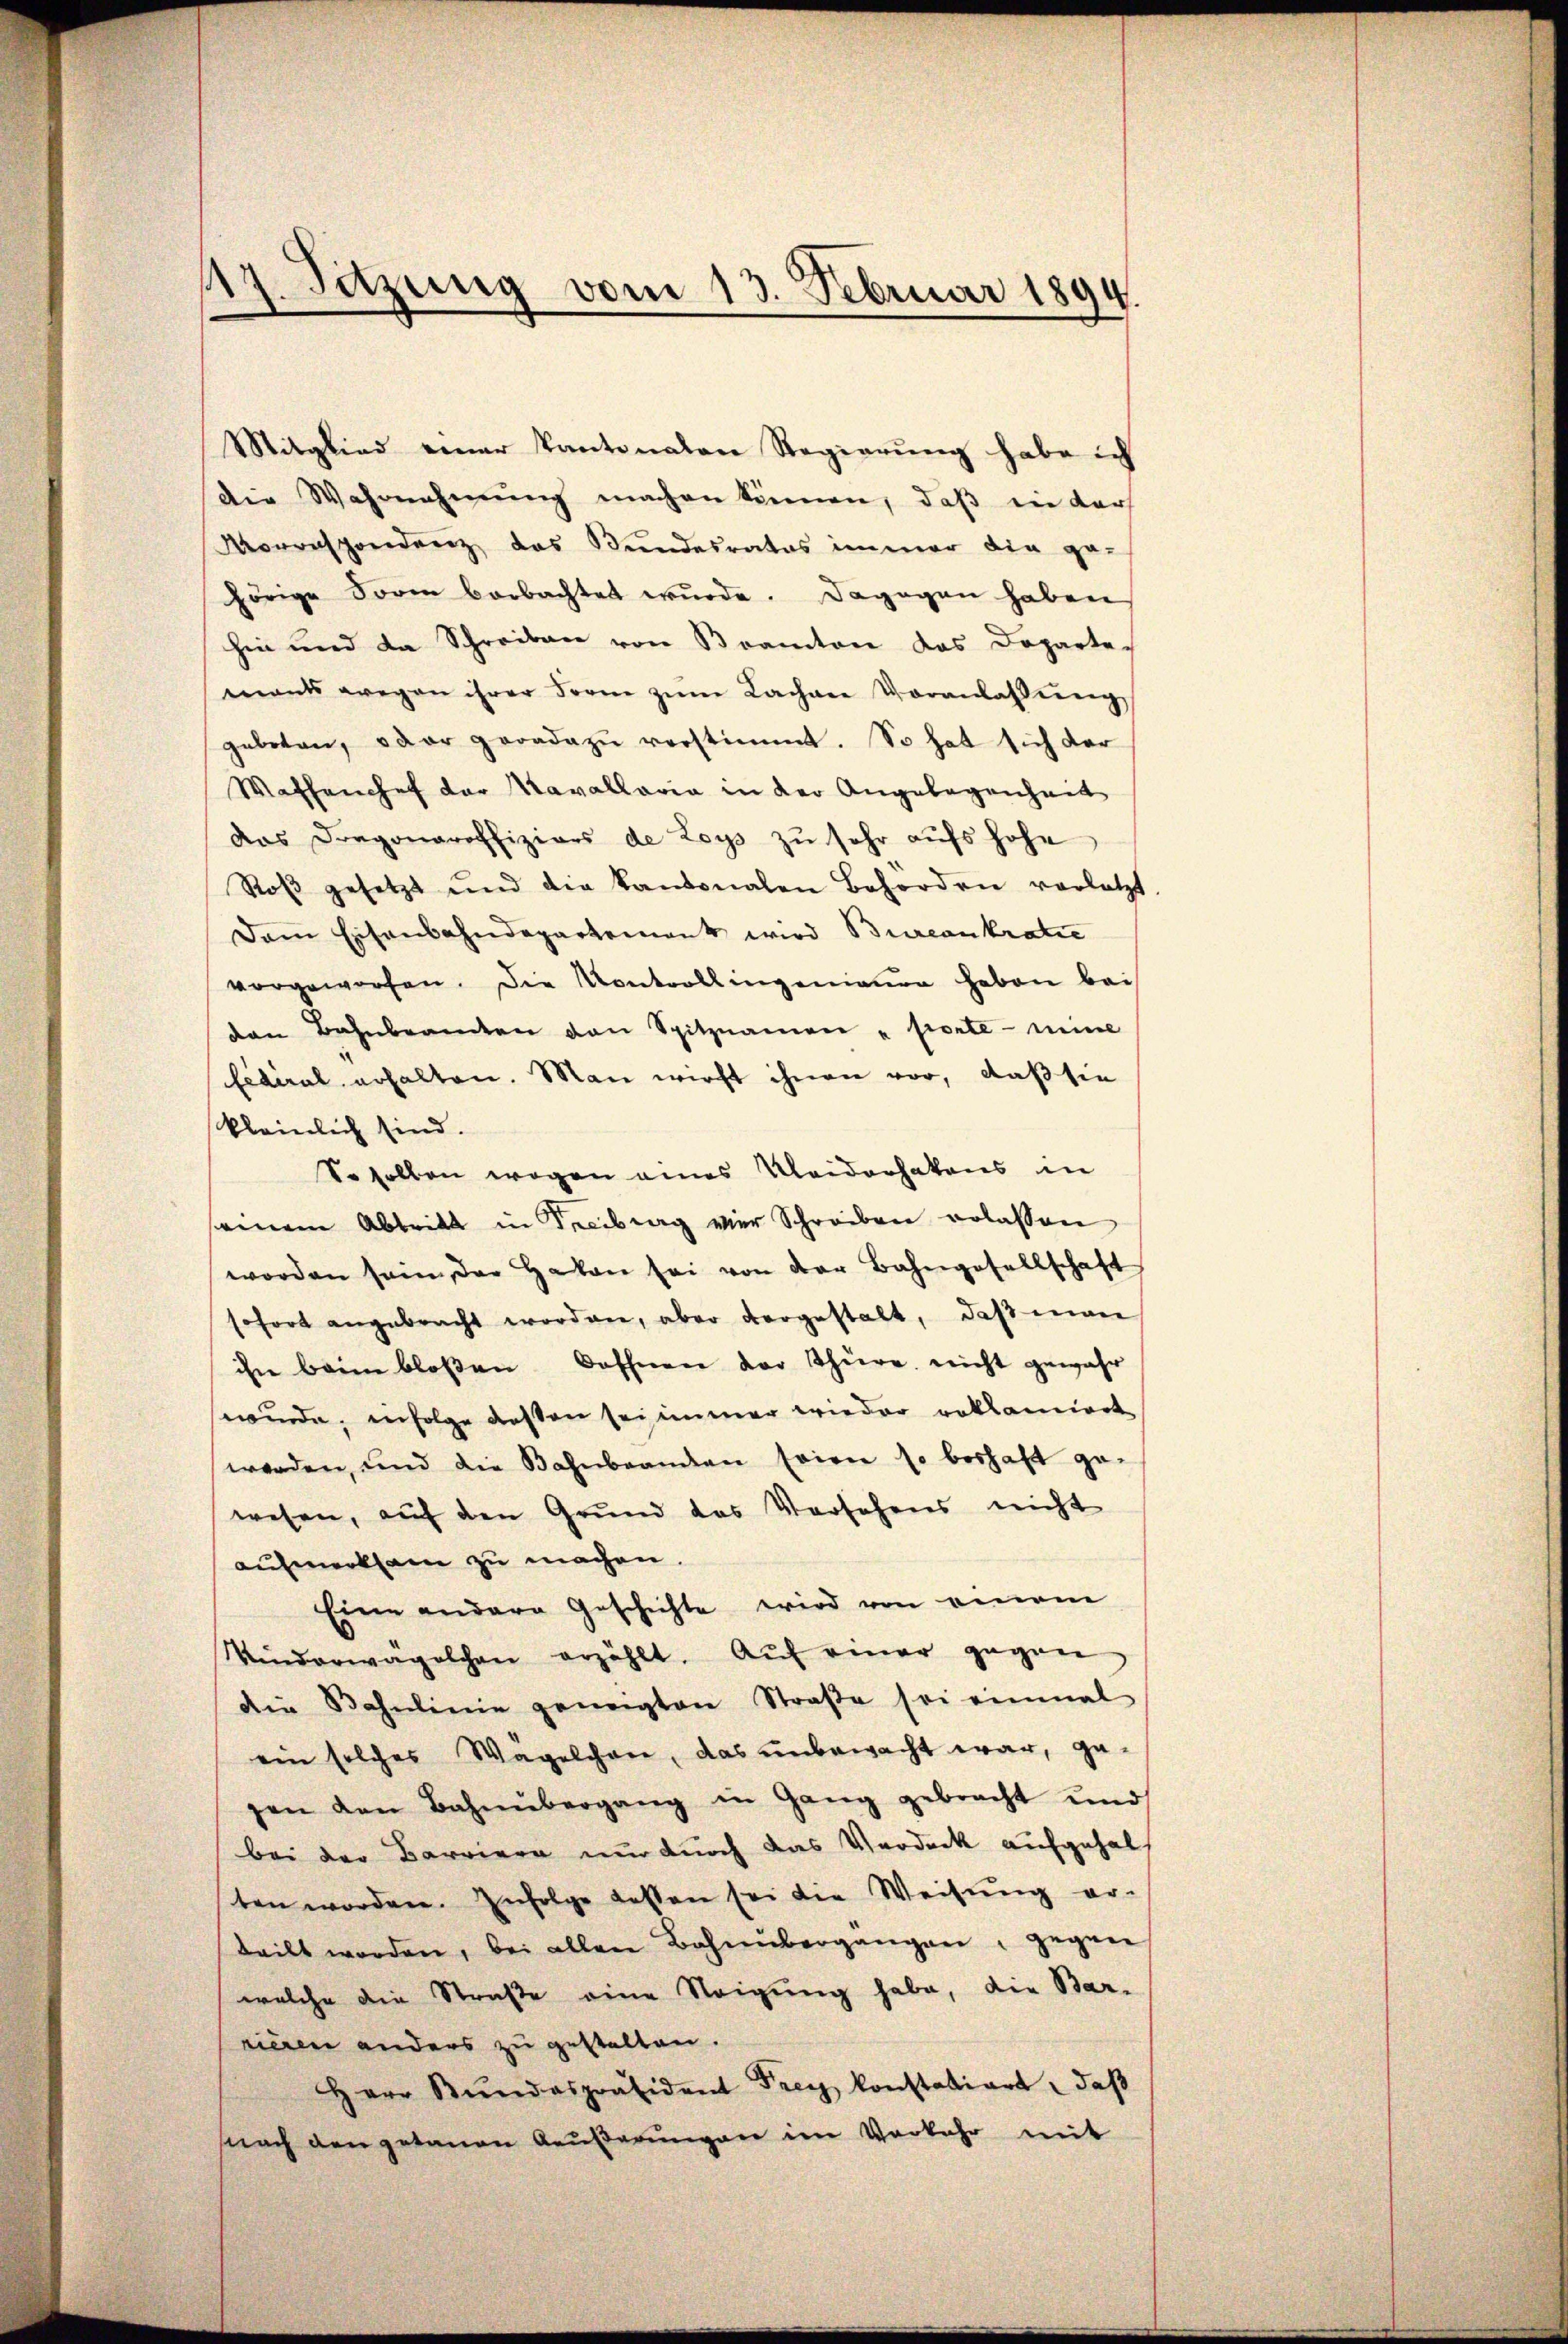
117. Setzung vom 13. Februar 1894.

Mitglied einer Kantonalen Regierung habe ich
die Wahrnehmung machen können, daß ein dar
Morrespondenz das Bundesrates immer die ge-
hörige Form beobachtet wŭrde. Dagegen haben
hin und da Schreiben von Beamten das Doparte-
mants wegen ihrer Form zŭm Lachere Voranlassŭng
geboten, oder geradezu verstimmt. So hat sich der
Waffenchef der Kavallaria in der Angelegenheit
das Dragonaroffiziers de Zoys zŭ sehr aŭfs hohe
Roβ gesetzt und die kantonalen Behörden verletzt
Dam Eisenbahndepartement wird Bureaukratie
vorgeworfen. Die Kontrollingenianer haben bei
den Bahnbeamten den Spitznamen "sierte mine
Eiteral erhalten. Man wirft ihnen vor, daß sie
kleinlich sind.
Soselben wegen eines Kleiderhatens in
seinem Abtritt in Treibung vier Schreiben erlassen
worden sein der Haben sei von der Bahngesellschaft
sofort angebracht worden, aber vorgestalt, daβ man
ihn beim bloßen Dochnen der Thüre nicht gewahr
wwude, infolge Kosten sei immer wieder roklamiert
werden, und die Bahnbranden seien so boshaft ge-
wesen, auf den Grund das Versehens nicht
aufmerksam zu machen.
Eine andere Geschichte wird von einem
Kinderwagelchen erzählt. Aŭf einer gegen
die Bahnlinie geneigten Straβe sei einmal
ein solches Wagelchen, das unbewacht war, gegen den Bahnübergang in Gang gebracht und
bei der Barriere nur durch das Verdanck aufgehalt
ten worden. Infolge dessen sei die Weisung erteilt worden, bei allen Bahnübergangen, gegen
welche die Straße eine Neigung habe, die Bar-
rieren anders zu gestalten.
Herr Bŭndespräsident Frey konstatiert, daβ
snach den getanen Aeŭβerŭngen im Vorkehr mit